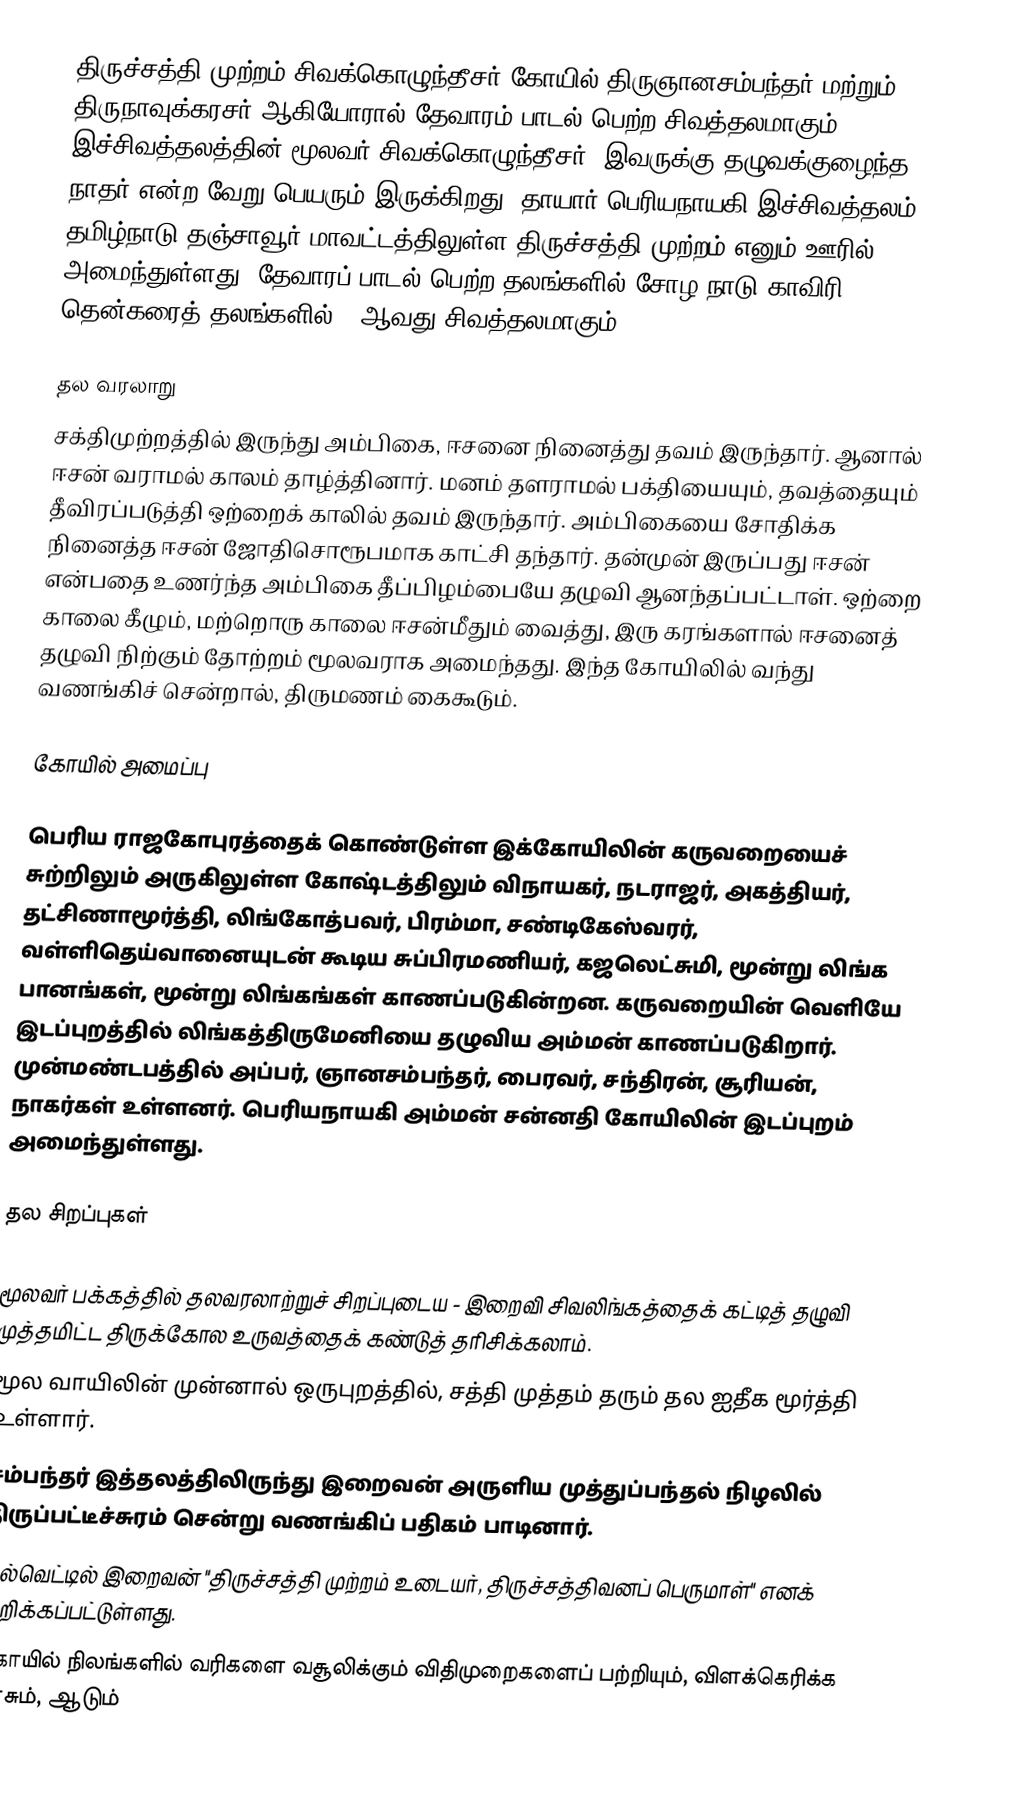
திருச்சத்தி முற்றம் சிவக்கொழுந்தீசர் கோயில் திருஞானசம்பந்தர் மற்றும் திருநாவுக்கரசர் ஆகியோரால் தேவாரம் பாடல் பெற்ற சிவத்தலமாகும். இச்சிவத்தலத்தின் மூலவர் சிவக்கொழுந்தீசர். இவருக்கு தழுவக்குழைந்த நாதர் என்ற வேறு பெயரும் இருக்கிறது. தாயார் பெரியநாயகி.இச்சிவத்தலம் தமிழ்நாடு தஞ்சாவூர் மாவட்டத்திலுள்ள திருச்சத்தி முற்றம் எனும் ஊரில் அமைந்துள்ளது. தேவாரப் பாடல் பெற்ற தலங்களில் சோழ நாடு காவிரி தென்கரைத் தலங்களில்   22ஆவது சிவத்தலமாகும்.

தல வரலாறு
சக்திமுற்றத்தில் இருந்து அம்பிகை, ஈசனை நினைத்து தவம் இருந்தார். ஆனால் ஈசன் வராமல் காலம் தாழ்த்தினார். மனம் தளராமல் பக்தியையும், தவத்தையும் தீவிரப்படுத்தி ஒற்றைக் காலில் தவம் இருந்தார். அம்பிகையை சோதிக்க நினைத்த ஈசன் ஜோதிசொரூபமாக காட்சி தந்தார். தன்முன் இருப்பது ஈசன் என்பதை உணர்ந்த அம்பிகை தீப்பிழம்பையே தழுவி ஆனந்தப்பட்டாள். ஒற்றை காலை கீழும், மற்றொரு காலை ஈசன்மீதும் வைத்து, இரு கரங்களால் ஈசனைத் தழுவி நிற்கும் தோற்றம் மூலவராக அமைந்தது. இந்த கோயிலில் வந்து வணங்கிச் சென்றால், திருமணம் கைகூடும்.

கோயில் அமைப்பு

பெரிய ராஜகோபுரத்தைக் கொண்டுள்ள இக்கோயிலின் கருவறையைச் சுற்றிலும் அருகிலுள்ள கோஷ்டத்திலும் விநாயகர், நடராஜர், அகத்தியர், தட்சிணாமூர்த்தி, லிங்கோத்பவர், பிரம்மா, சண்டிகேஸ்வரர், வள்ளிதெய்வானையுடன் கூடிய சுப்பிரமணியர், கஜலெட்சுமி, மூன்று லிங்க பானங்கள், மூன்று லிங்கங்கள் காணப்படுகின்றன. கருவறையின் வெளியே இடப்புறத்தில் லிங்கத்திருமேனியை தழுவிய அம்மன் காணப்படுகிறார். முன்மண்டபத்தில் அப்பர், ஞானசம்பந்தர், பைரவர், சந்திரன், சூரியன், நாகர்கள் உள்ளனர். பெரியநாயகி அம்மன் சன்னதி கோயிலின் இடப்புறம் அமைந்துள்ளது.

தல சிறப்புகள்

மூலவர் பக்கத்தில் தலவரலாற்றுச் சிறப்புடைய - இறைவி சிவலிங்கத்தைக் கட்டித் தழுவி முத்தமிட்ட திருக்கோல உருவத்தைக் கண்டுத் தரிசிக்கலாம்.
மூல வாயிலின் முன்னால் ஒருபுறத்தில், சத்தி முத்தம் தரும் தல ஐதீக மூர்த்தி உள்ளார்.
சம்பந்தர் இத்தலத்திலிருந்து இறைவன் அருளிய முத்துப்பந்தல் நிழலில் திருப்பட்டீச்சுரம் சென்று வணங்கிப் பதிகம் பாடினார்.
கல்வெட்டில் இறைவன் "திருச்சத்தி முற்றம் உடையர், திருச்சத்திவனப் பெருமாள்" எனக் குறிக்கப்பட்டுள்ளது.
கோயில் நிலங்களில் வரிகளை வசூலிக்கும் விதிமுறைகளைப் பற்றியும், விளக்கெரிக்க காசும், ஆடும்